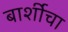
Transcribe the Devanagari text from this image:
बार्शीचा